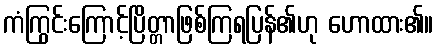
ကံကြွင်းကြောင့်ပြိတ္တာဖြစ်ကြရပြန်၏ဟု ဟောထား၏။